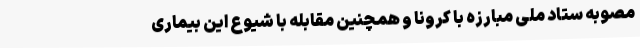
مصوبه ستاد ملی مبارزه با کرونا و همچنین مقابله با شیوع این بیماری